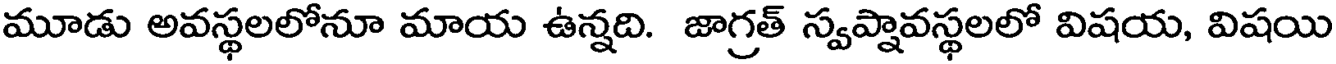
మూడు అవస్థలలోనూ మాయ ఉన్నది. జాగ్రత్ స్వప్నావస్థలలో విషయ, విషయి